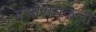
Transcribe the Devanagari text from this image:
गर्भाशयकला